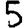
Digit: 5